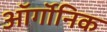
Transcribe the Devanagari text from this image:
ऑर्गॉनिक